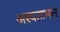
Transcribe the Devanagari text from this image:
अस्पतामल